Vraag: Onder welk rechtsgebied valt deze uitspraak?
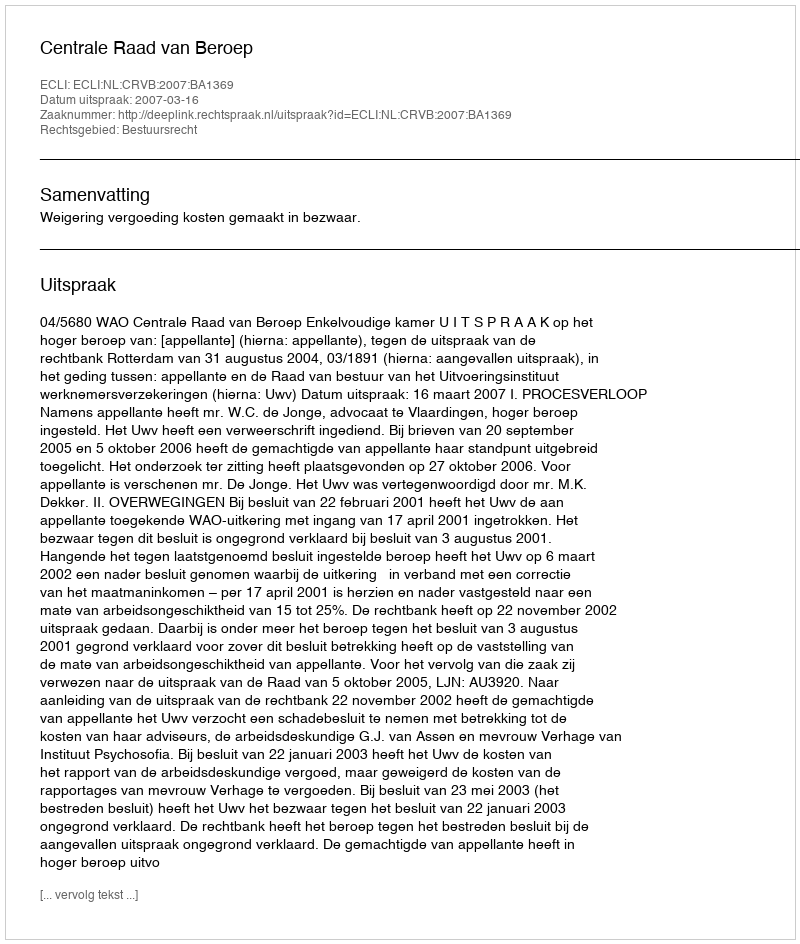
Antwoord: Bestuursrecht